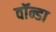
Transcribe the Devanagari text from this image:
वॉन्डा